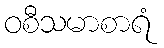
ဝစီသမာစာရံ